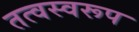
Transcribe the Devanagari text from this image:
तत्वस्वरूप